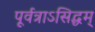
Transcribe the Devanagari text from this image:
पूर्वत्राऽसिद्धम्